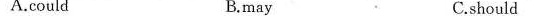
A.could B.may C.should